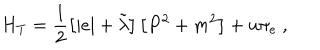
LaTeX: H _ { T } = \frac { 1 } { 2 } \left[ | e | + \tilde { \lambda } \right] \left[ P ^ { 2 } + m ^ { 2 } \right] + u \pi _ { e } \ ,